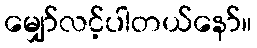
မျှော်လင့်ပါတယ်နော်။